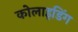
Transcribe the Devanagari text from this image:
कोलाइडिंग